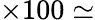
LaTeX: \times 100\simeq